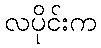
လပိုင်းက